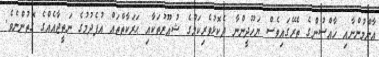
އާންމުންނާއި ޚާއްސުންގެ ތެރޭގައިވެސް ޔަހޫދީންނާ ދެކޮޅުވެރިކަމުގެ ޝުއޫރުތަކާއި ޙަރަކާތްތައް އުފެދުމުގެ ނަތީޖާއެއްގެ ގޮތުންނެވެ.